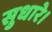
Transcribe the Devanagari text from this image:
सुधारे।